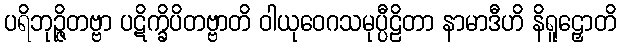
ပရိဘုဉ္ဇိတဗ္ဗာ ပဋိက္ခိပိတဗ္ဗာတိ ဝါယုဝေဂသမုပ္ပီဠိတာ နာမာဒီဟိ နိရူဠှောတိ